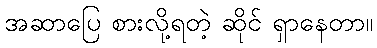
အဆာပြေ စားလို့ရတဲ့ ဆိုင် ရှာနေတာ။